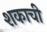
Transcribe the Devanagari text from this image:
शकाची